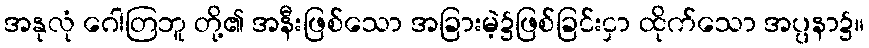
အနုလုံ ဂေါတြဘူ တို့၏ အနီးဖြစ်သော အခြားမဲ့၌ဖြစ်ခြင်းငှာ ထိုက်သော အပ္ပနာ၌။